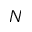
N